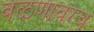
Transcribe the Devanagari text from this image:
वळणावरच